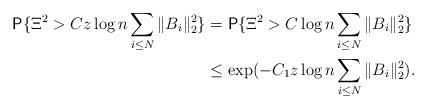
LaTeX: \begin{align*}\textsf{P}\{ \Xi^{2}>Cz\log n\sum_{i\le N}\Vert B_{i}\Vert_{2}^{2}\}&=\textsf{P}\{ \Xi^{2}>C\log n\sum_{i\le N}\Vert B_{i}\Vert_{2}^{2}\}\\&\le \exp(-C_{1}z\log n\sum_{i\le N}\Vert B_{i}\Vert_{2}^{2}).\end{align*}